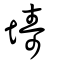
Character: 壔